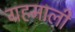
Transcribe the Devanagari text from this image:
ग्रहमाली